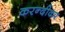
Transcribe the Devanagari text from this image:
करन्दीकर